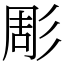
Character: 彫